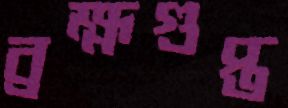
ব্রহ্মগুপ্ত